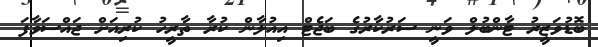
ބޮޑުވަޒީރު ޓާންބުލް ވަނީ ސަރުކާރުގެ ބަޖެޓް އިއުލާން ކުރާ ތާރީހު ކުރިއަށް ޖައްސަވާފަ